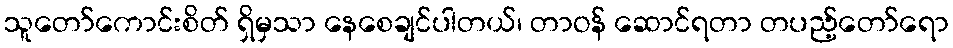
သူတော်ကောင်းစိတ် ရှိမှသာ နေစေချင်ပါတယ်၊ တာဝန် ဆောင်ရတာ တပည့်တော်ရော